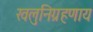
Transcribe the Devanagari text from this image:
खलुनिग्रहणाय